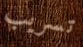
تسريب